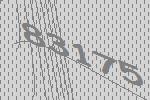
83175